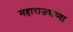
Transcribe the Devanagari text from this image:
महाराज्याच्या